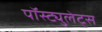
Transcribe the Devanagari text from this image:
पॉस्ट्युलेट्स